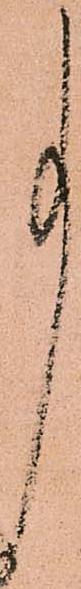
事